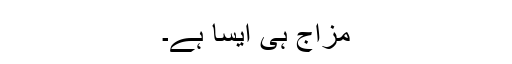
مزاج ہی ایسا ہے۔